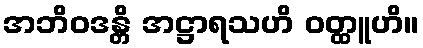
အဘိဝဒန္တိ အဋ္ဌာရသဟိ ဝတ္ထူဟိ။